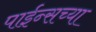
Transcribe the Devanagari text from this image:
पाईन्सच्या